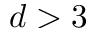
d > 3